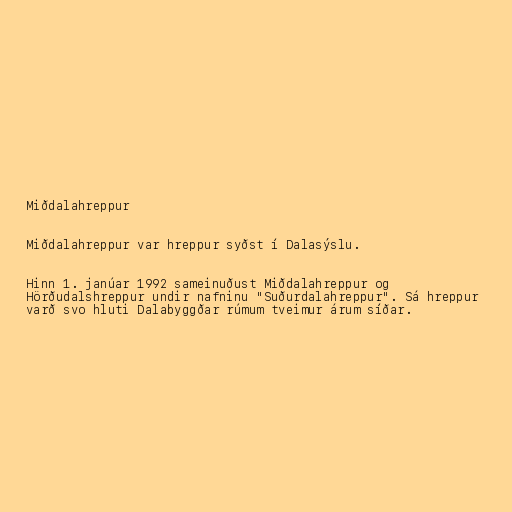
Miðdalahreppur

Miðdalahreppur var hreppur syðst í Dalasýslu.

Hinn 1. janúar 1992 sameinuðust Miðdalahreppur og
Hörðudalshreppur undir nafninu "Suðurdalahreppur". Sá hreppur
varð svo hluti Dalabyggðar rúmum tveimur árum síðar.